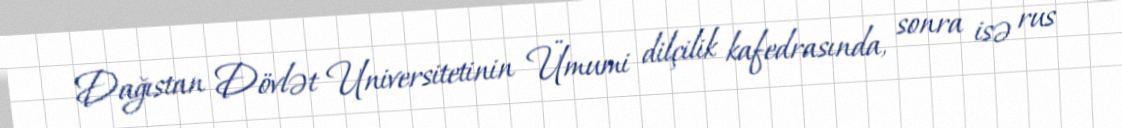
Dağıstan Dövlət Universitetinin Ümumi dilçilik kafedrasında, sonra isə rus